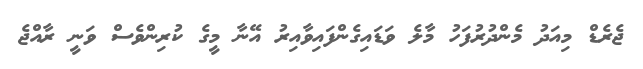
ޖެރެޑް މިއަދު މެންދުރުފަހު މާލެ ވަޑައިގެންފައިވާއިރު އޭނާ މީގެ ކުރިންވެސް ވަނީ ރާއްޖެ